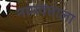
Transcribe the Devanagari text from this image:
नामवंताला